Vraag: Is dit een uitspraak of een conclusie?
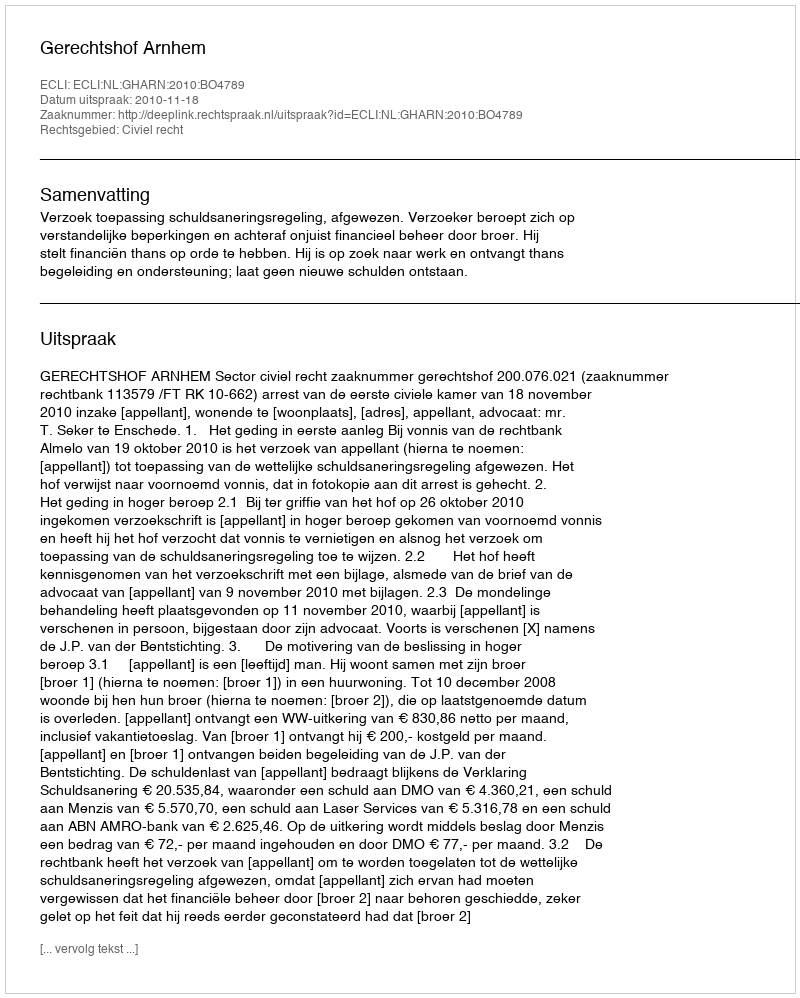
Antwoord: Uitspraak